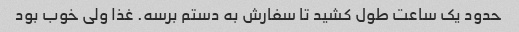
حدود یک ساعت طول کشید تا سفارش به دستم برسه. غذا ولی خوب بود